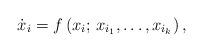
LaTeX: \begin{align*} \dot{x}_i = f\left(x_i; \, x_{i_1}, \ldots, x_{i_k}\right), \end{align*}